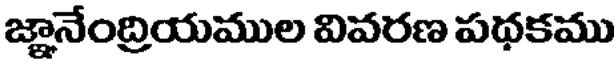
జ్ఞానేంద్రియముల వివరణ పథకము